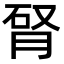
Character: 𦛯